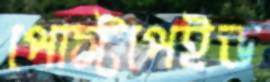
পোস্টপেইড